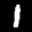
Label: 1